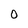
Character: 0